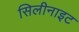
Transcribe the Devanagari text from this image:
सिलीनाइट